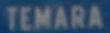
TEMARA